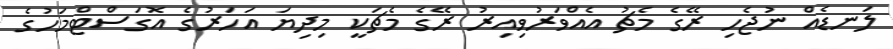
ލަނޑެއް ނުޖެހި ރޭގެ މެޗު އެއްވަރުވިއިރު ރޭގެ މެޗަކީ މިދިޔަ އަހަރުގެ އޮގަސްޓްމަހުގެ